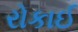
રોકાઈ